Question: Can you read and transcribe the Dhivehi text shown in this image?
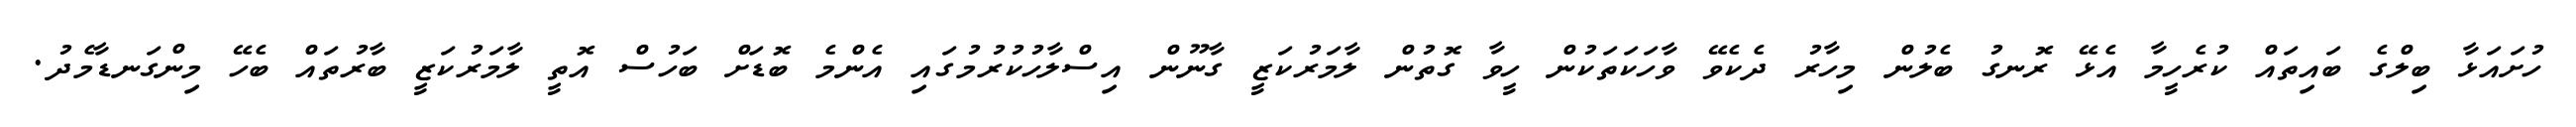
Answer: ހުށައަޅާ ބިލްގެ ބައިތައް ކުރެހީމާ އެޅޭ ރޮނގު ބެލުން މިހާރު ދެކެވޭ ވާހަކަތަކުން ހީވާ ގޮތުން ލާމަރުކަޒީ ގާނޫން އިސްލާހުކުރުމުގައި އެންމެ ބޮޑަށް ބަހުސް އޮތީ ލާމަރުކަޒީ ބާރުތައް ބެހޭ މިންގަނޑާމެދު.